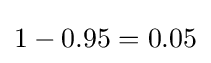
1-0.95=0.05